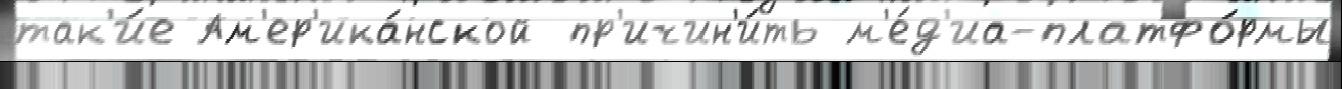
так'и́е Ам'ер'ика́нской пр'ичин'и́ть м'е́д'иа-платфо́рмы